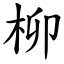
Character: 柳